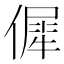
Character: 𠌬